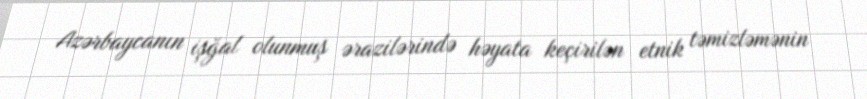
Azərbaycanın işğal olunmuş ərazilərində həyata keçirilən etnik təmizləmənin